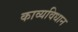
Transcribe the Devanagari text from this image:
काव्यविधान